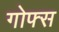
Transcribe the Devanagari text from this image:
गोफ्स